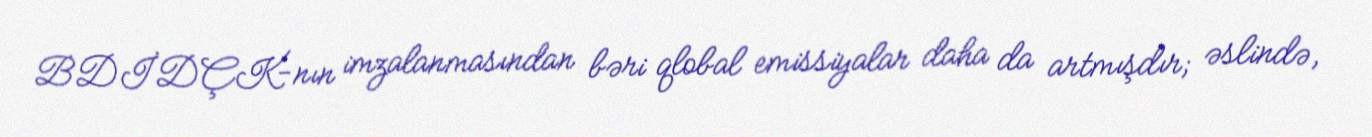
BDİDÇK-nın imzalanmasından bəri qlobal emissiyalar daha da artmışdır; əslində,